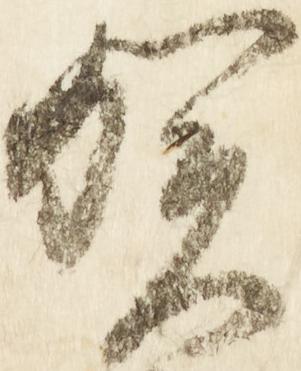
賀